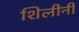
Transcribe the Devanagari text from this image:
शिलीनी